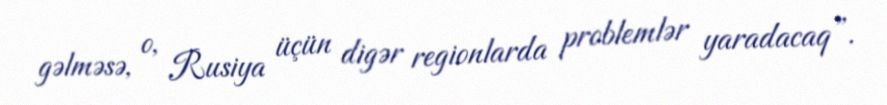
gəlməsə, o, Rusiya üçün digər regionlarda problemlər yaradacaq”.